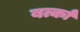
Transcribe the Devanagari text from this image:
बर्त्का